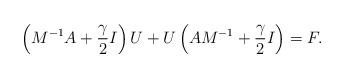
LaTeX: \begin{align*}\left(M^{-1}A+\frac{\gamma}{2}I\right)U + U\left(AM^{-1}+\frac{\gamma}{2}I\right) = F.\end{align*}